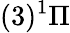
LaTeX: (3)^{1}\Pi